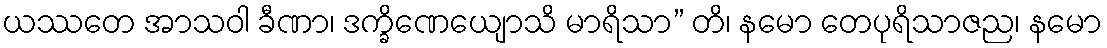
ယဿတေ အာသဝါ ခီဏာ၊ ဒက္ခိဏေယျောသိ မာရိသာ” တိ၊ နမော တေပုရိသာဇည၊ နမော